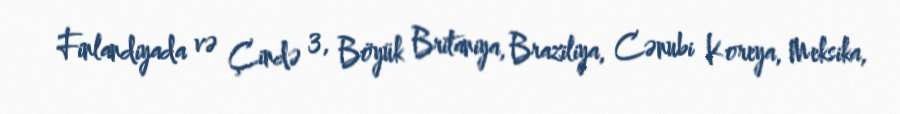
Finlandiyada və Çində 3, Böyük Britaniya, Braziliya, Cənubi Koreya, Meksika,